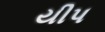
યીપ